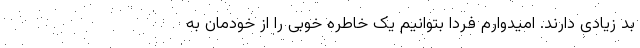
بد زیادی دارند. امیدوارم فردا بتوانیم یک خاطره خوبی را از خودمان به